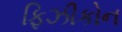
ફિઝીકોન